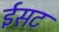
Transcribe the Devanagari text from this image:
ईसट